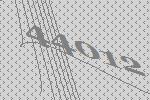
44012